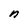
Character: n